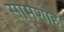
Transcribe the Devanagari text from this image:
सोमशाह